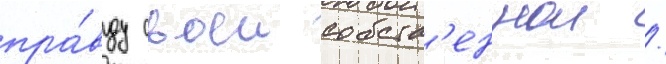
пра́вду своеи собств'еннои /